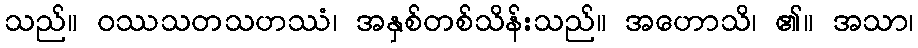
သည်။ ဝဿသတသဟဿံ၊ အနှစ်တစ်သိန်းသည်။ အဟောသိ၊ ၏။ အသာ၊